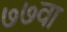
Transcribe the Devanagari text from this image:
७७वा